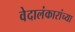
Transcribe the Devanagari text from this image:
वेदालंकारांच्या